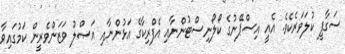
ސަގާފީ ކުލަވަރެކެވެ. އެއީ އިސްޕޭނުގެ ކޯލޯނިސްޓުންނާއި އެފްރިކާގެ އަޅުންނާއި އަޞްލު ވަޒަންވެރީން ކަމުގައިވާ